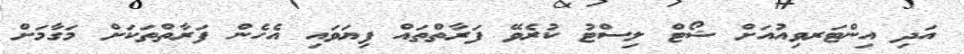
އަދި އިންޓަރވިއުއަށް ޝޯޓް ލިސްޓު ކުރެވޭ ފަރާތްތައް ފިޔަވައި އެހެން ފަރާތްތަކަށް މަގާމަށް